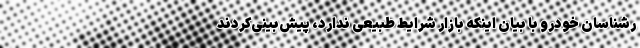
رشناسان خودرو با بیان اینکه بازار شرایط طبیعی ندارد، پیش‌بینی‌کردند